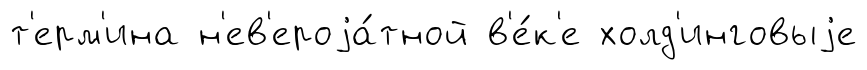
т'ерм'ина н'ев'ероjа́тной в'е́к'е холд'инговыjе